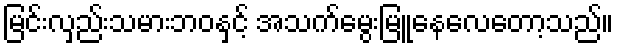
မြင်းလှည်းသမားဘဝနှင့် အသက်မွေးမြူနေလေတော့သည်။